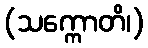
(သက္ကောတိ၊)